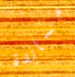
مساندة